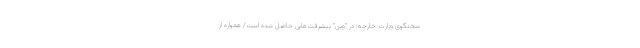
سخنگوی وزارت خارجه: در "وین" پیشرفت‌هایی حاصل شده است/ همواره از